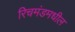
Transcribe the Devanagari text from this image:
रिचमंडमधील